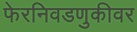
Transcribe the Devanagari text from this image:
फेरनिवडणुकीवर